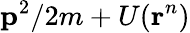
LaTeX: \mathbf{p}^{2}/2m+U(\mathbf{r}^{n})